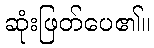
ဆုံးဖြတ်ပေ၏။